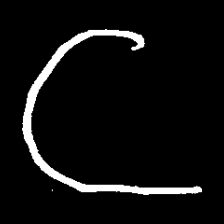
Pyu character \u2014 Myanmar letter: ဋ (romanized: tta)